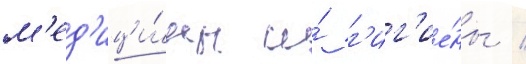
м'ед'ици́ны и́ г'иг'ие́ны /